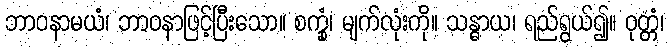
ဘာဝနာမယံ၊ ဘာဝနာဖြင့်ပြီးသော။ စက္ခုံ၊ မျက်လုံးကို။ သန္ဓာယ၊ ရည်ရွယ်၍။ ဝုတ္တံ၊